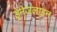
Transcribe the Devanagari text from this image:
ड्रेनेजलाइन